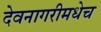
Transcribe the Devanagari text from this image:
देवनागरीमधेच